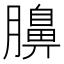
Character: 䑄